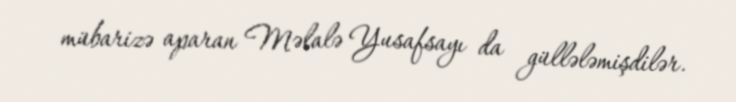
mübarizə aparan Məlalə Yusafsayı da güllələmişdilər.